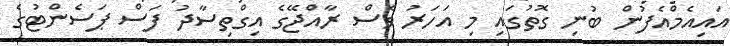
އައިއެމްއެފުން ބުނި ގޮތުގައި މި އަހަރު ވެސް ރާއްޖޭގެ އިގްތިސާދު ފަސް ޕަސެންޓުގެ